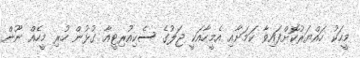
މީހަކު ހައްޔަރުކޮށްފައިވާ ކަމަށާއި އެމީހާއަކީ ޖަލުގެ ސެކިއުރިޓީއާ ގުޅުން ހުރި މީހެއް ނޫން